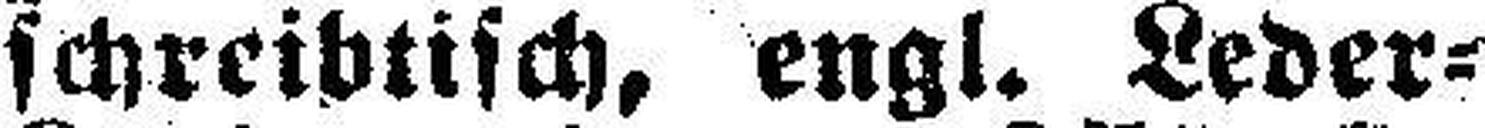
schreibtisch, engl. Leder=